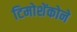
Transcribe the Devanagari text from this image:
टिमोशेंकोने